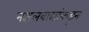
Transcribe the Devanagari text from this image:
नक्षलवाद्यांकडून